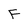
Character: F